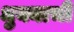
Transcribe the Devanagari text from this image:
धुक्याची